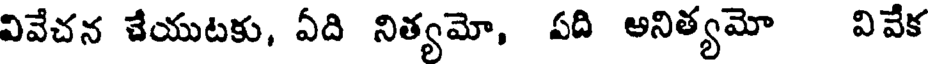
వివేచన చేయుటకు, ఏది నిత్యమో, పది అనిత్యమో వివేక